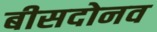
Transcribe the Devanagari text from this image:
बीसदोनव